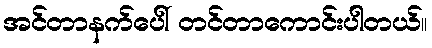
အင်တာနက်ပေါ် တင်တာကောင်းပါတယ်။